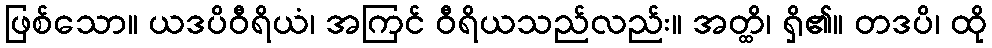
ဖြစ်သော။ ယဒပိဝီရိယံ၊ အကြင် ဝီရိယသည်လည်း။ အတ္ထိ၊ ရှိ၏။ တဒပိ၊ ထို